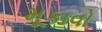
મૂકાવો